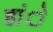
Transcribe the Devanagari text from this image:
हांे